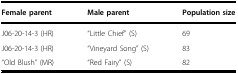
| Female parent | Male parent | Population size |
 | --- | --- | --- |
 | J06-20-14-3 (HR) | “Little Chief” (S) | 69 |
 | J06-20-14-3 (HR) | “Vineyard Song” (S) | 83 |
 | “Old Blush” (MR) | “Red Fairy” (S) | 82 |